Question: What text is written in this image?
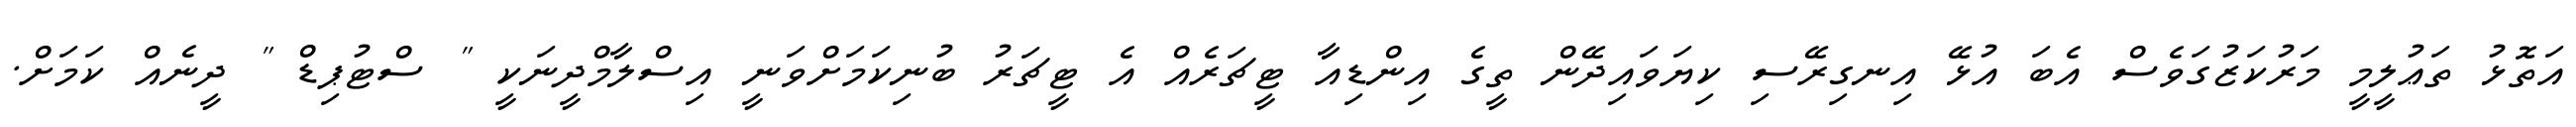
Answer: އަތޮޅު ތަޢުލީމީ މަރުކަޒުގަވެސް އެބަ އުޅޭ އިނގިރޭސި ކިޔަވައިދޭން ތީގެ އިންޑިއާ ޓީޗަރެއް އެ ޓީޗަރު ބުނިކަމަށްވަނީ އިސްލާމްދީނަކީ " ސްޓުޕިޑް " ދީނެއް ކަމަށް.